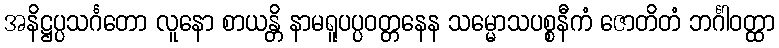
အနိဋ္ဌပ္ပသင်္ဂတော လူနော စာယန္တိ နာမရူပပ္ပဝတ္တနေန သမ္မောသပစ္စနီကံ ဇောတိတံ ဘင်္ဂါဝတ္ထာ